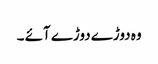
وہ دوڑے دوڑے آئے ۔